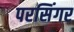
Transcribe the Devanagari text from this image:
परसिंगर